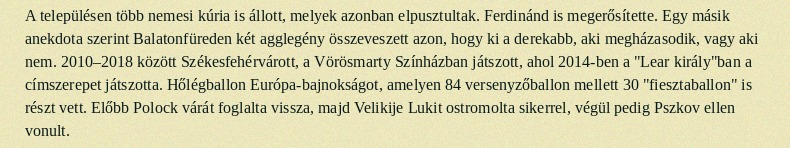
A településen több nemesi kúria is állott, melyek azonban elpusztultak. Ferdinánd is megerősítette. Egy másik anekdota szerint Balatonfüreden két agglegény összeveszett azon, hogy ki a derekabb, aki megházasodik, vagy aki nem. 2010–2018 között Székesfehérvárott, a Vörösmarty Színházban játszott, ahol 2014-ben a "Lear király"ban a címszerepet játszotta. Hőlégballon Európa-bajnokságot, amelyen 84 versenyzőballon mellett 30 "fiesztaballon" is részt vett. Előbb Polock várát foglalta vissza, majd Velikije Lukit ostromolta sikerrel, végül pedig Pszkov ellen vonult.